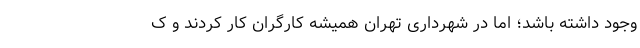
وجود داشته باشد؛ اما در شهرداری تهران همیشه کارگران کار کردند و ک